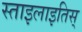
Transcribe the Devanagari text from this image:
स्ताइलाइतिस्